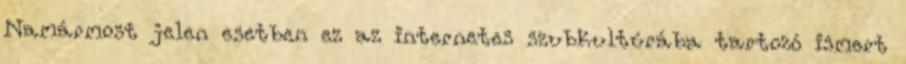
Namármost jelen esetben ez az internetes szubkultúrába tartozó ismert